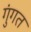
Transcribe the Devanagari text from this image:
गुंगत